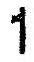
1